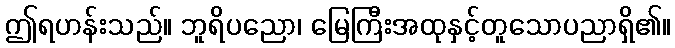
ဤရဟန်းသည်။ ဘူရိပညော၊ မြေကြီးအထုနှင့်တူသောပညာရှိ၏။